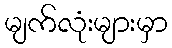
မျက်လုံးများမှာ